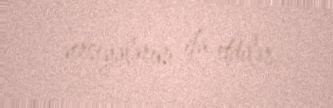
versiyalarını ifa etdilər.